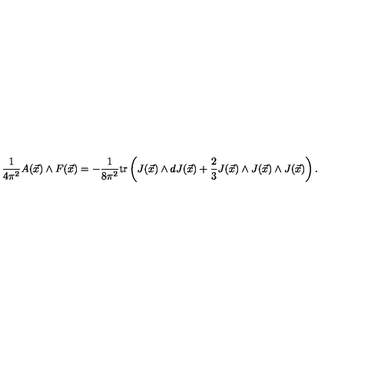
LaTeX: \frac { 1 } { 4 \pi ^ { 2 } } A ( \vec { x } ) \wedge F ( \vec { x } ) = - \frac { 1 } { 8 \pi ^ { 2 } } \mathrm { t r } \left( J ( \vec { x } ) \wedge d J ( \vec { x } ) + \frac { 2 } { 3 } J ( \vec { x } ) \wedge J ( \vec { x } ) \wedge J ( \vec { x } ) \right) .